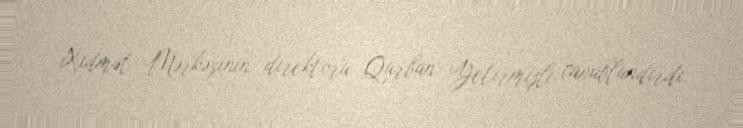
Xidmət Mərkəzinin direktoru Qurban Yetirmişli cavablandırdı.